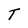
Character: T